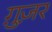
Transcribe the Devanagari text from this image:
ग़ुज़र